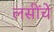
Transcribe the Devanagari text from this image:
लसींचे